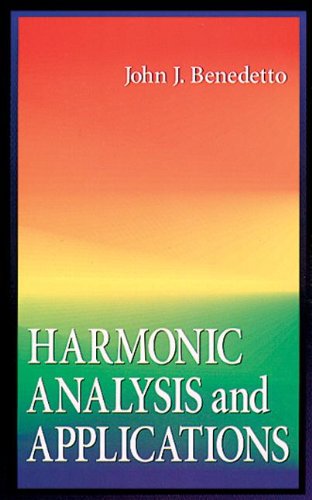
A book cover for Harmonic Analysis and Applications (Studies in Advanced Mathematics); John J. Benedetto; Science & Math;